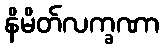
နိမိတ်လက္ခဏာ